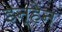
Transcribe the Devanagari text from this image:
इन्हेंन